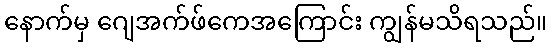
နောက်မှ ဂျေအက်ဖ်ကေအကြောင်း ကျွန်မသိရသည်။